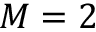
M = 2